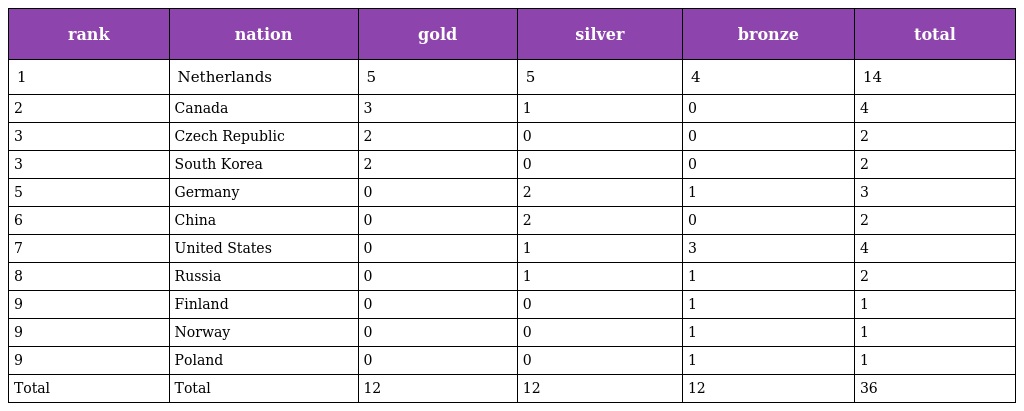
| rank | nation | gold | silver | bronze | total |
 | --- | --- | --- | --- | --- | --- |
 | 1 | Netherlands | 5 | 5 | 4 | 14 |
 | 2 | Canada | 3 | 1 | 0 | 4 |
 | 3 | Czech Republic | 2 | 0 | 0 | 2 |
 | 3 | South Korea | 2 | 0 | 0 | 2 |
 | 5 | Germany | 0 | 2 | 1 | 3 |
 | 6 | China | 0 | 2 | 0 | 2 |
 | 7 | United States | 0 | 1 | 3 | 4 |
 | 8 | Russia | 0 | 1 | 1 | 2 |
 | 9 | Finland | 0 | 0 | 1 | 1 |
 | 9 | Norway | 0 | 0 | 1 | 1 |
 | 9 | Poland | 0 | 0 | 1 | 1 |
 | Total | Total | 12 | 12 | 12 | 36 |